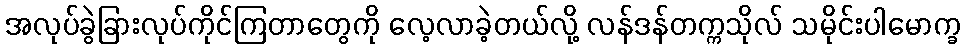
အလုပ်ခွဲခြားလုပ်ကိုင်ကြတာတွေကို လေ့လာခဲ့တယ်လို့ လန်ဒန်တက္ကသိုလ် သမိုင်းပါမောက္ခ